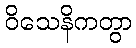
ဝိသေနိကတွာ